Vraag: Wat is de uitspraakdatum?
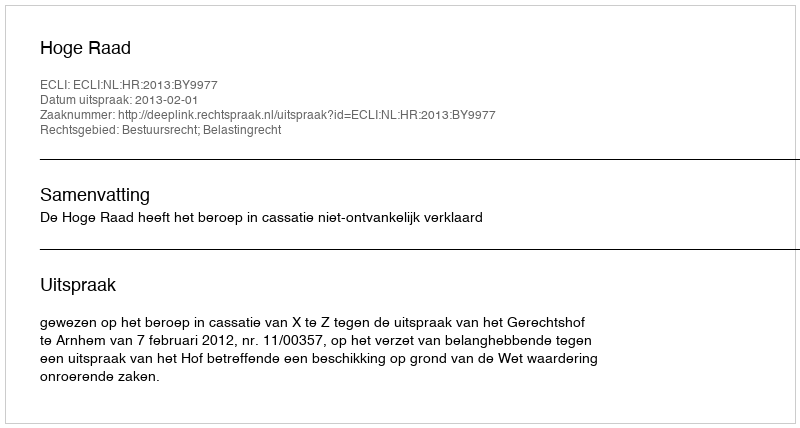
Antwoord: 2013-02-01